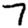
Digit: 7